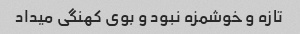
تازه و خوشمزه نبود و بوی کهنگی میداد